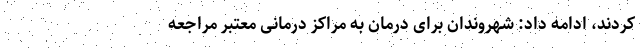
کردند، ادامه داد: شهروندان برای درمان به مراکز درمانی معتبر مراجعه